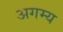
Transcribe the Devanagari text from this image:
अगम्‍य